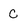
Character: C